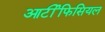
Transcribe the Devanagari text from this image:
आर्टीफिसियल